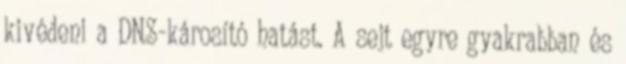
kivédeni a DNS-károsító hatást. A sejt egyre gyakrabban és